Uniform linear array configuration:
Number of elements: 12
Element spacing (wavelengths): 0.75
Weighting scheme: blackman
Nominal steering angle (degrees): -30
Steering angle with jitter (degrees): -29.536
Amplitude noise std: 0.05
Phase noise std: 0.05

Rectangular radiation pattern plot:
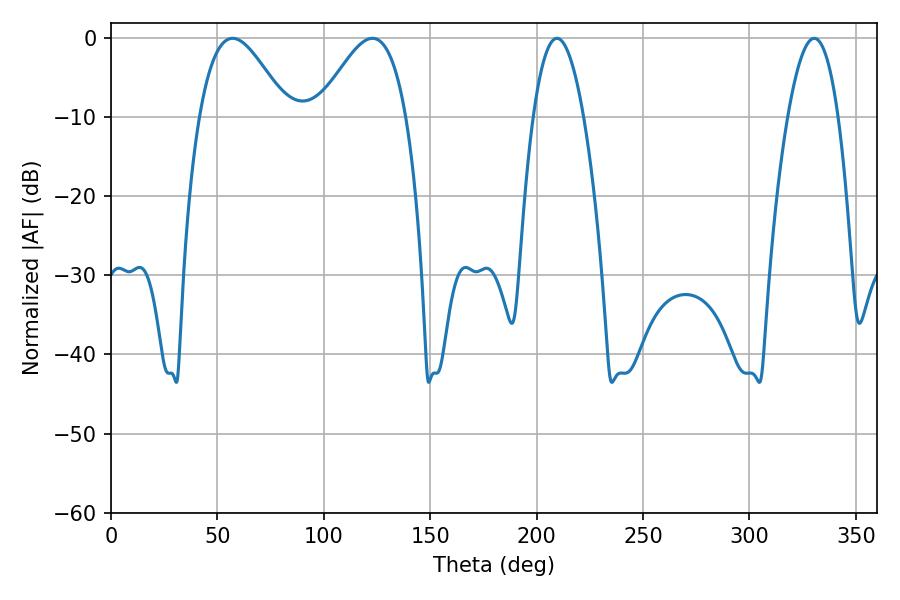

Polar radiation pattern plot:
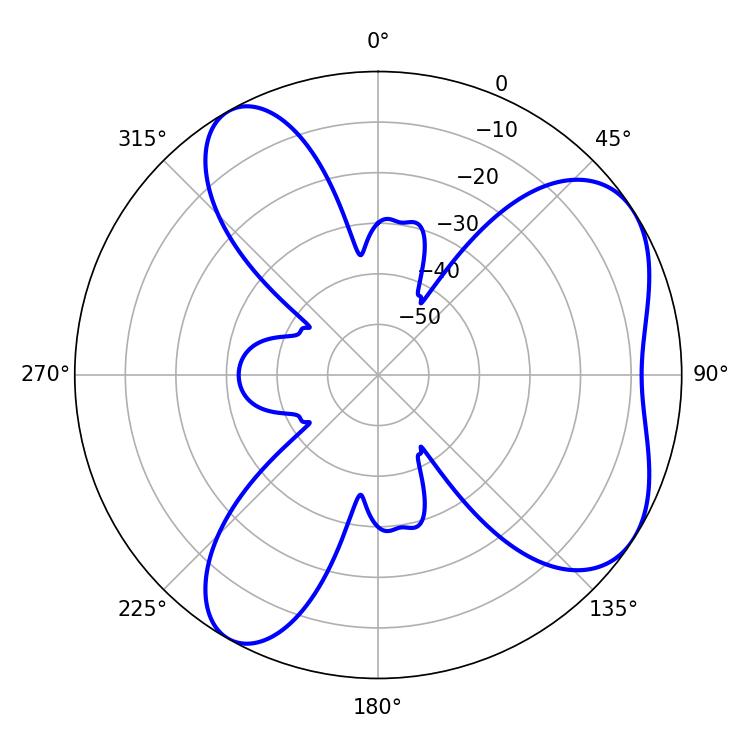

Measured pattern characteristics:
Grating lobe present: TRUE
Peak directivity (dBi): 5.91
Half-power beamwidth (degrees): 13.14
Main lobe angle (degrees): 209.52